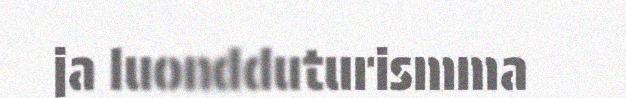
ja luondduturismma